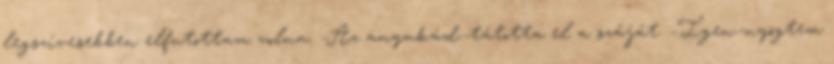
legszívesebben elfutottam volna. -Az anyukád.-tátotta el a száját. -Igen.-nyögtem